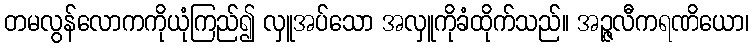
တမလွန်လောကကိုယုံကြည်၍ လှူအပ်သော အလှူကိုခံထိုက်သည်။ အဉ္ဇလီကရဏိယော၊